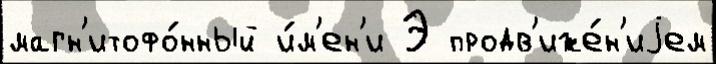
магн'итофо́нный и́м'ен'и Э продв'иже́н'иjем